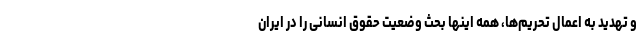
و تهدید به اعمال تحریم‌ها، همه اینها بحث وضعیت حقوق انسانی را در ایران